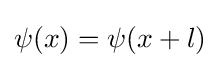
\psi (x)=\psi (x+l)